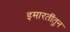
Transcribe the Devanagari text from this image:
इमारतींतुन